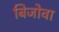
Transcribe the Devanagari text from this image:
बिजोवा